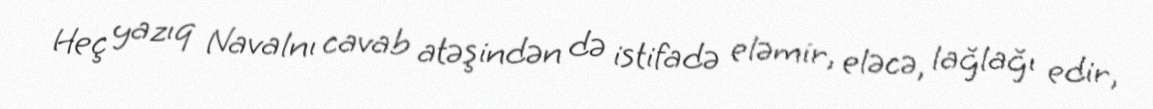
Heç yazıq Navalnı cavab atəşindən də istifadə eləmir, eləcə, lağlağı edir,